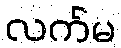
လက်မ